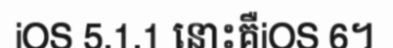
iOS 5.1.1 នោះគឺiOS 6។